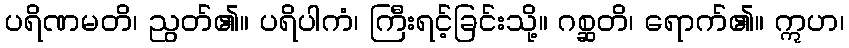
ပရိဏမတိ၊ ညွတ်၏။ ပရိပါကံ၊ ကြီးရင့်ခြင်းသို့။ ဂစ္ဆတိ၊ ရောက်၏။ ဣဟ၊